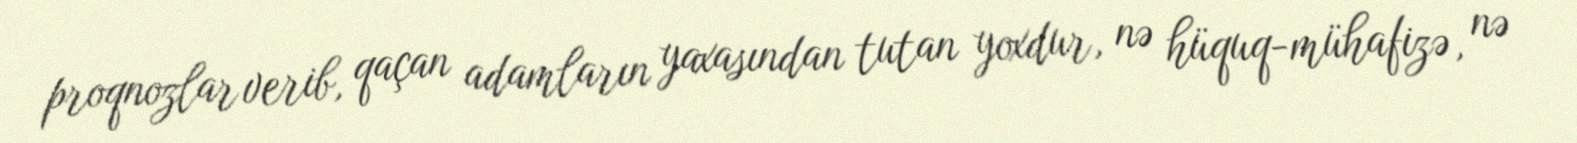
proqnozlar verib, qaçan adamların yaxasından tutan yoxdur, nə hüquq-mühafizə, nə